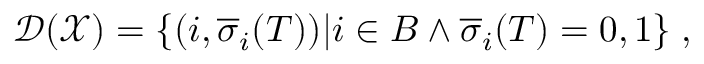
\mathcal { D } ( \mathcal { X } ) = \{ ( i , \overline { { \sigma } } _ { i } ( T ) ) | i \in B \land \overline { { \sigma } } _ { i } ( T ) = 0 , 1 \} \; ,